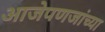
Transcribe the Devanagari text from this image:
आजेपणजांच्या